Document type: Sale
Year: 1461
Scribe: [Unknown]
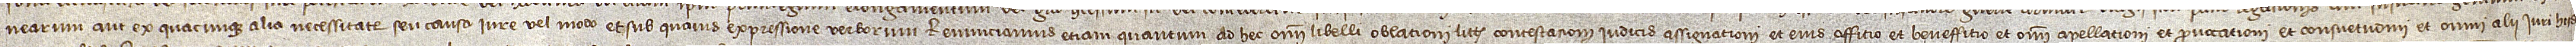
nearum aut ex quacunque alia necessitate seu causa, iure vel modo, et sub quavis expressione verborum. Renunciamus etiam quantum ad hec omni libelli, oblationi, littis contestacioni, iudicis assignationi et eius offitio et beneffitio, et omni apellationi et provocationi, et consuetudini, et omni alii iuri hiis